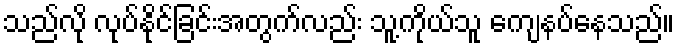
သည်လို လုပ်နိုင်ခြင်းအတွက်လည်း သူ့ကိုယ်သူ ကျေနပ်နေသည်။